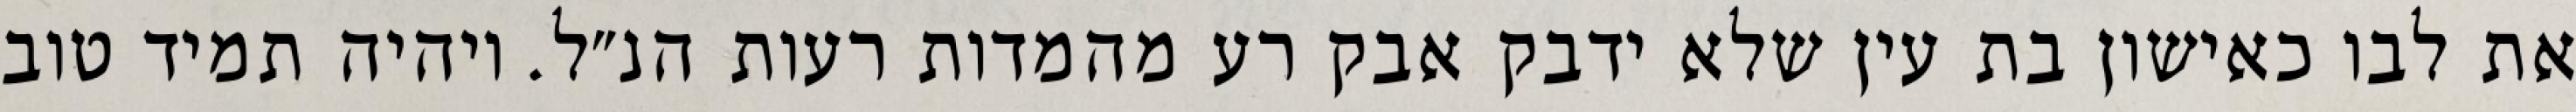
את לבו כאישון בת עין שלא ידבק אבק רע מהמדות רעות הנ״ל. ויהיה תמיד טוב